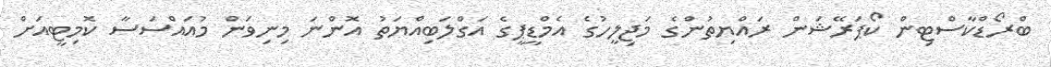
ބްރޯޑްކާސްޓިން ކޯޕަރޭޝަން ރައްޔިތުންގެ މަޖިލީހުގެ އެމްޑީޕީގެ އަގްލަބިއްޔަތު އޮންނަ މިނިވަން މުއައްސަސާ ކޮމިޓީއަށް